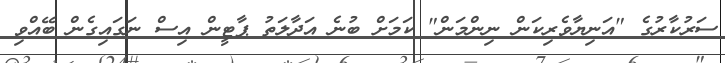
ސަރުކާރުގެ "އަނިޔާވެރިކަން ނިންމަން" ކަމަށް ބުނެ އަދާލަތު ޕާޓީން އިސް ނަގައިގެން ބޭއްވި